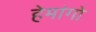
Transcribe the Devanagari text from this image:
हेमांगो